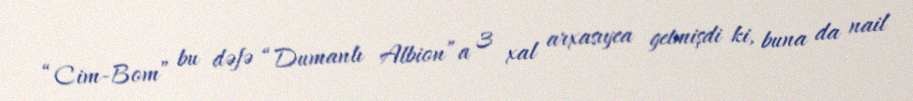
“Cim-Bom” bu dəfə “Dumanlı Albion”a 3 xal arxasıyca getmişdi ki, buna da nail